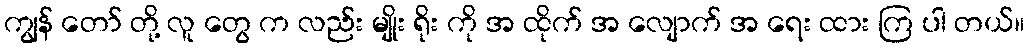
ကျွန် တော် တို့ လူ တွေ က လည်း မျိုး ရိုး ကို အ ထိုက် အ လျောက် အ ရေး ထား ကြ ပါ တယ်။